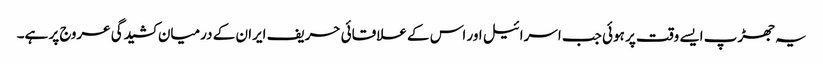
یہ جھڑپ ایسے وقت پر ہوئی جب اسرائیل اور اس کے علاقائی حریف ایران کے درمیان کشیدگی عروج پر ہے۔